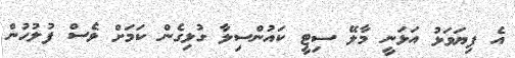
އެ ފިޔަވަޅު އަޅަނީ މާލޭ ސިޓީ ކައުންސިލާ ގުޅިގެން ކަމަށް ވެސް ފުލުހުން